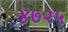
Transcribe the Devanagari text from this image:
४७२५